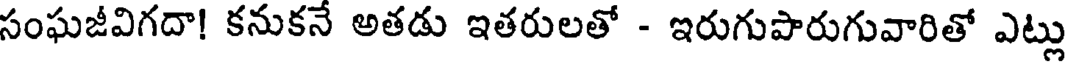
సంఘజీవిగదా! కనుకనే అతడు ఇతరులతో - ఇరుగుపారుగువారితో ఎట్లు